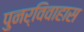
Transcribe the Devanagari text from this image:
पुनर्विवाहास